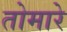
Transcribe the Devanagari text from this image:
तोमारे